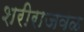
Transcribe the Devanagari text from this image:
शरीराजवळ